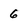
Character: 6